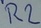
Text: R2